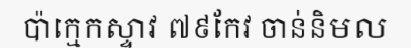
ប៉ាក្មេកស្ទាវ ៧៩កែវ ចាន់និមល